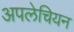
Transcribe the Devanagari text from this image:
अपलेचियन